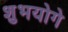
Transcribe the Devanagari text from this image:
शुभयोगे